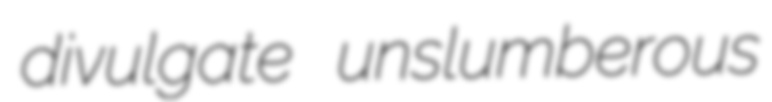
divulgate unslumberous